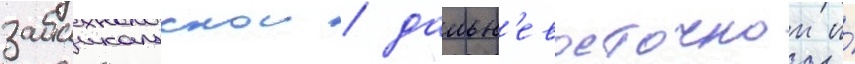
забаикальскои / дальн'евосточнои и́